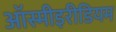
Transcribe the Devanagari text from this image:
ऑस्मीइरीडियम